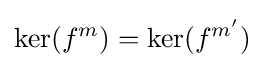
\mathrm {ker} (f^{m})=\mathrm {ker} (f^{m'})